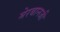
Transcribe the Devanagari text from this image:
मेरबानजी